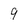
Character: 9